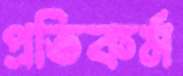
প্রতিকর্ম